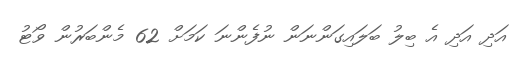
އަދި އަދި އެ ބިލު ބަލައިގަންނަން ނުފެންނަ ކަމަށް 62 މެންބަރުން ވޯޓު